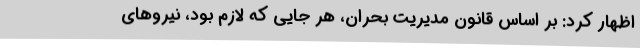
اظهار کرد: بر اساس قانون مدیریت بحران، هر جایی که لازم بود، نیروهای